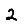
Digit: 2